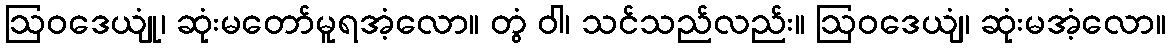
ဩဝဒေယျုံ၊ ဆုံးမတော်မူရအံ့လော။ တွံ ဝါ၊ သင်သည်လည်း။ ဩဝဒေယျံ၊ ဆုံးမအံ့လော။